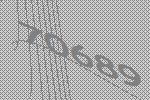
70689